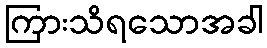
ကြားသိရသောအခါ